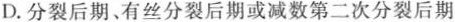
D.分裂后期、有丝分裂后期或减数第二次分裂后期